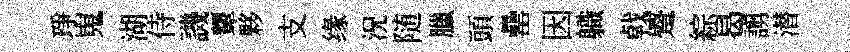
琤嵬湖侍譏顰夥支缘況随臘頭罍因軄㦸蹙綜曷謭潜